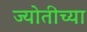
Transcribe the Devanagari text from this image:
ज्योतीच्या